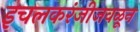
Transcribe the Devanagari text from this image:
इचलकरंजीजवळून